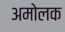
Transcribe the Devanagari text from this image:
अमोलक